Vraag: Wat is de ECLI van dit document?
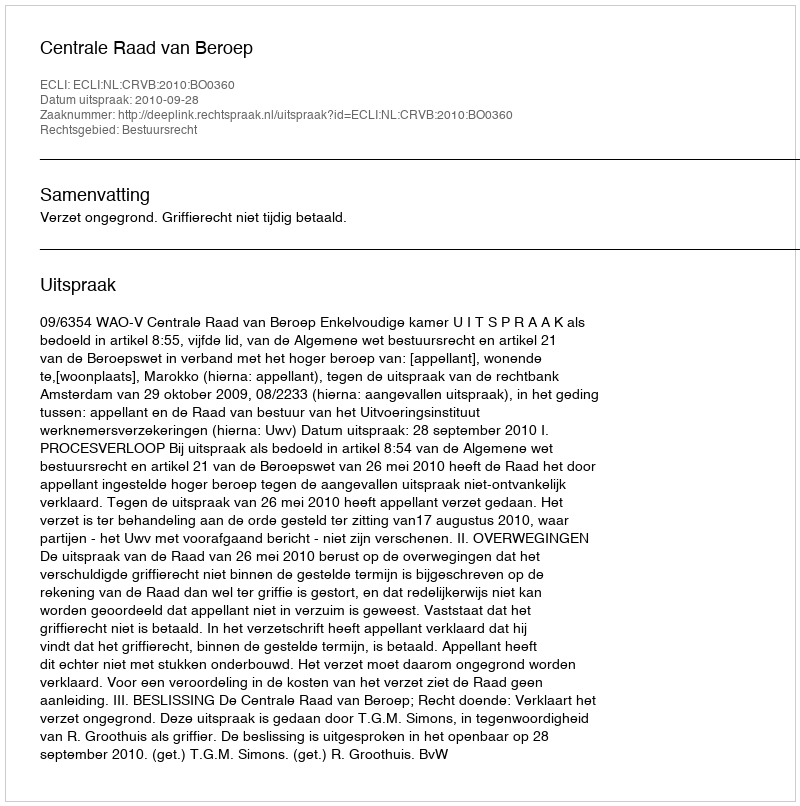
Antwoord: ECLI:NL:CRVB:2010:BO0360